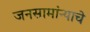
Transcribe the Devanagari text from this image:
जनसामांन्याचे